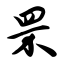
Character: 罘